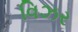
વિઝર